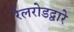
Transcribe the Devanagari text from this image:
रेलरोडद्वारे